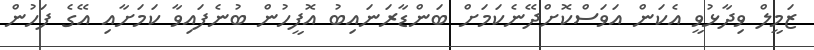
ޒަމީލް ވިދާޅުވީ އެކަން އަވަސްކޮށްދޭނެކަމަށް ބަންޑާރަނައިބު އޮފީހުން ބުނެފައިވާ ކަމަށާއި އޭގެ ފަހުން